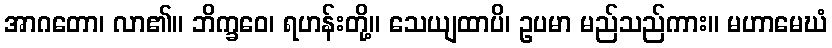
အာဂတော၊ လာ၏။ ဘိက္ခဝေ၊ ရဟန်းတို့။ သေယျထာပိ၊ ဥပမာ မည်သည်ကား။ မဟာမေဃံ